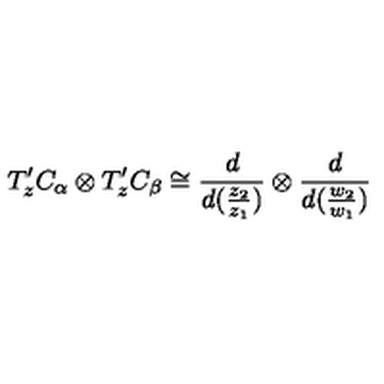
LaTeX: T _ { z } ^ { \prime } C _ { \alpha } \otimes T _ { z } ^ { \prime } C _ { \beta } \cong \frac { d } { d ( \frac { z _ { 2 } } { z _ { 1 } } ) } \otimes \frac { d } { d ( \frac { w _ { 2 } } { w _ { 1 } } ) }